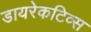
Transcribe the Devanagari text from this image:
डायरेकटिव्स